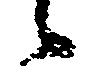
候